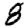
Digit: 8